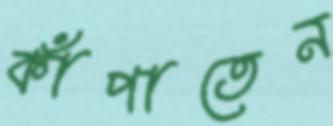
কাঁপাতেন